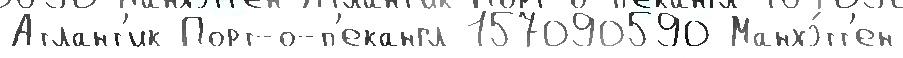
Атлант'ик Порт-о-п'екангл 157090590 Манхэ́тт'ен